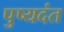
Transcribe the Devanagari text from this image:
पुष्यदंत